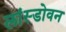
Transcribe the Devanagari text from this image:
लांस्डोवन